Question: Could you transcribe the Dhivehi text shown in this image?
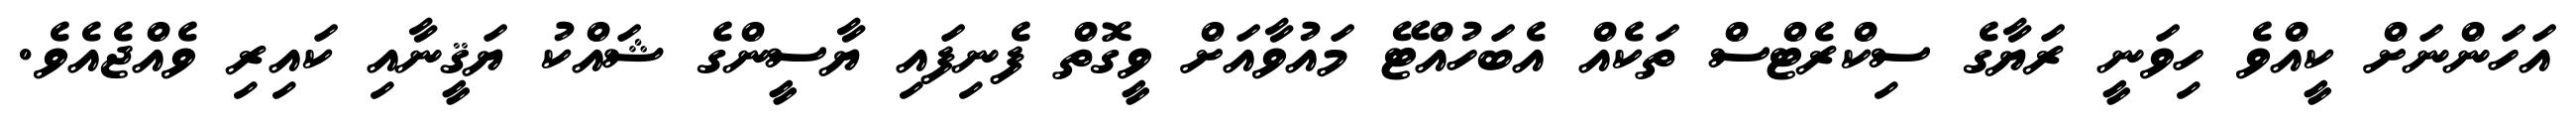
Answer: އަހަންނަށް ކީއްވެ ހިވަނީ ރަޔާގެ ސިކްރެޓްސް ތަކެއް އެބަހުއްޓޭ މައުވާއަށް ވީގޮތް ފެނިފައި ޔާސީންގެ ޝައްކު ޔަޤީނާއި ކައިރި ވެއްޖެއެވެ.